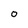
Character: 0